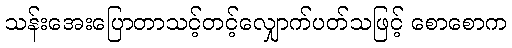
သန်းအေးပြောတာသင့်တင့်လျှောက်ပတ်သဖြင့် စောစောက